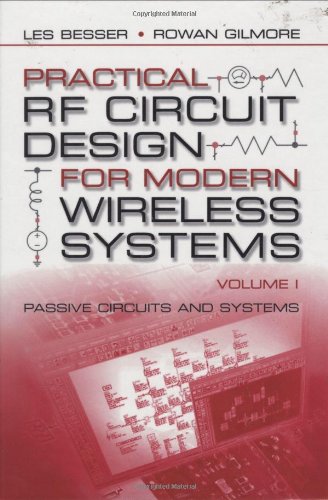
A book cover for Practical RF Circuit Design for Modern Wireless Systems, Volume I : Passive Circuits and Systems; Les Besser; Crafts, Hobbies & Home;